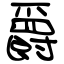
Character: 爵